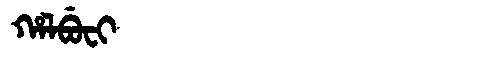
Manchu: ᡥᠠᠯᠪᡠᠸᡳ
Romanization: HALBUFI